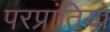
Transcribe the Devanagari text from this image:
परप्रांतियों